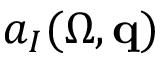
a _ { I } ( \Omega , { \bf q } )